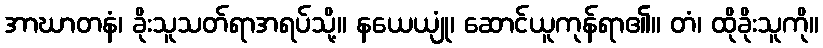
အာဃာတနံ၊ ခိုးသူသတ်ရာအရပ်သို့။ နယေယျုံ၊ ဆောင်ယူကုန်ရာ၏။ တံ၊ ထိုခိုးသူကို။